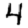
Digit: 4